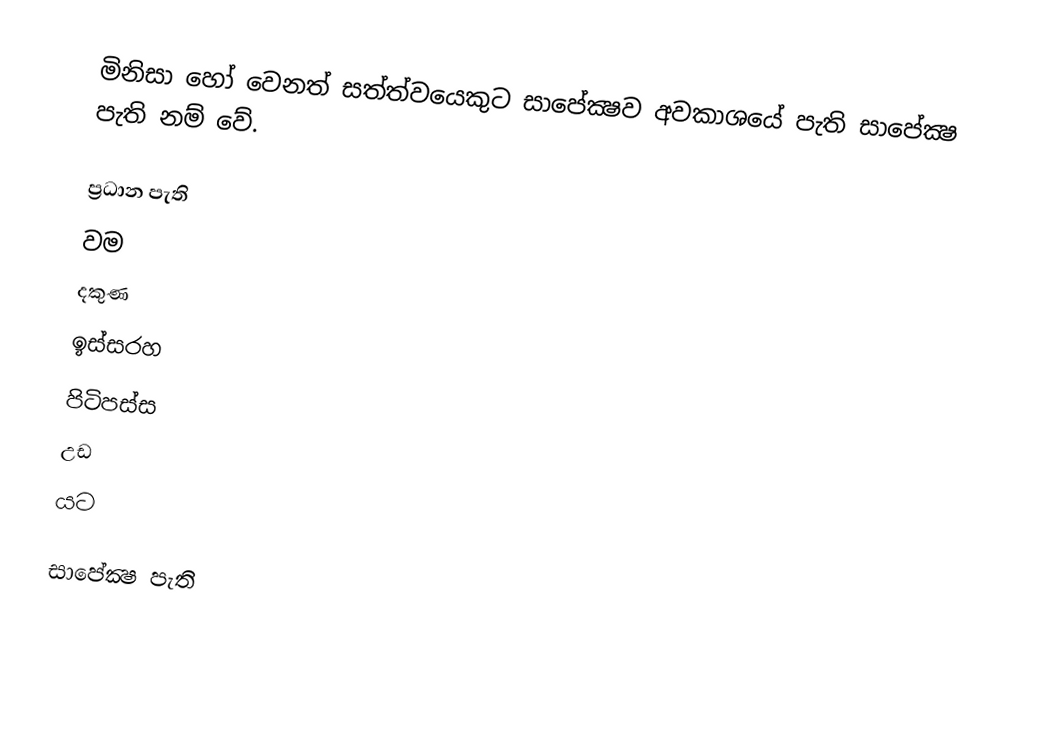
මිනිසා හෝ වෙනත් සත්ත්වයෙකුට සාපේක්‍ෂව අවකාශයේ පැති සාපේක්‍ෂ පැති නම් වේ.

ප්‍රධාන පැති
 වම
 දකුණ
 ඉස්සරහ
 පිටිපස්ස
 උඩ
 යට

සාපේක්‍ෂ පැති